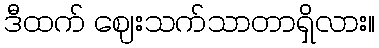
ဒီထက် ဈေးသက်သာတာရှိလား။